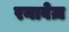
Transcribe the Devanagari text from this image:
रनावेज़